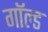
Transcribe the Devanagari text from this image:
गॉल्ड